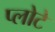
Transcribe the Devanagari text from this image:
प्लोटे